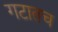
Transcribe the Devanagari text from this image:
गटातच